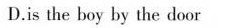
D.is the boy by the door